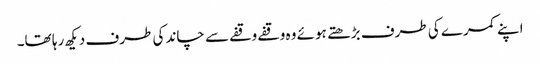
اپنے کمرے کی طرف بڑھتے ہوئے وہ وقفے وقفے سے چاند کی طرف دیکھ رہا تھا۔